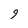
Character: 9